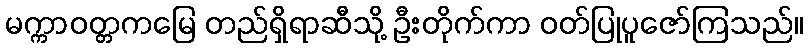
မက္ကာဝတ္တကမြေ တည်ရှိရာဆီသို့ ဦးတိုက်ကာ ဝတ်ပြုပူဇော်ကြသည်။